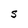
Character: S